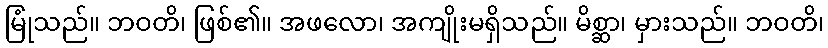
မြုံသည်။ ဘဝတိ၊ ဖြစ်၏။ အဖလော၊ အကျိုးမရှိသည်။ မိစ္ဆာ၊ မှားသည်။ ဘဝတိ၊